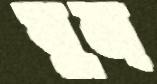
ঘুম্